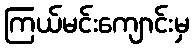
ကြယ်မင်းကျောင်းမှ